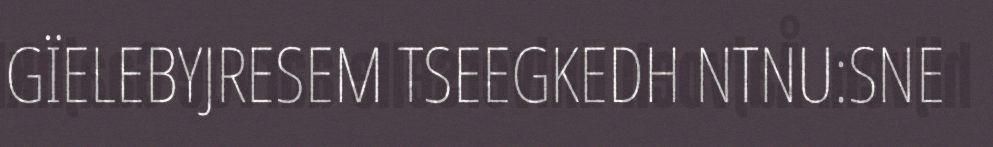
GÏELEBYJRESEM TSEEGKEDH NTNU:SNE